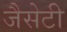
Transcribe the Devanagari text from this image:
जैसेटी